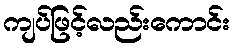
ကျပ်ဖြင့်လည်းကောင်း